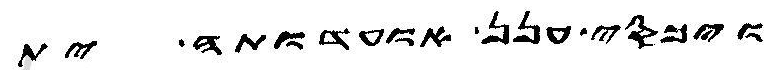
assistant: ויכסי ענן אועדותה ית